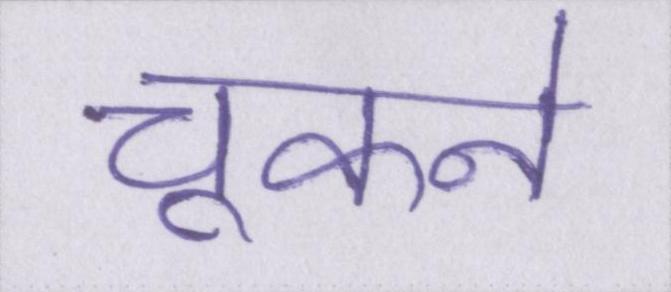
चूकने